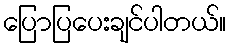
ပြောပြပေးချင်ပါတယ်။